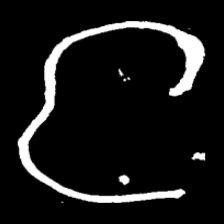
Pyu character \u2014 Myanmar letter: င (romanized: nga)